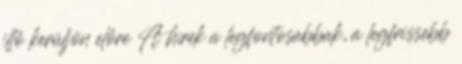
illő kerüljön előre A hírek a legfontosabbak, a legfrissebb